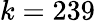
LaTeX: k=239